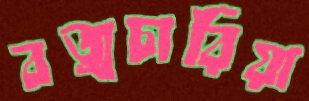
বজ্রচারিয়া